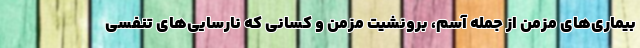
بیماری‌های مزمن از جمله آسم، برونشیت مزمن و کسانی که نارسایی‌های تنفسی